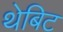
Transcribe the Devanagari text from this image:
थेबिट